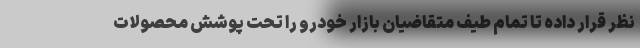
نظر قرار داده تا تمام طیف متقاضیان بازار خودرو را تحت پوشش محصولات